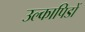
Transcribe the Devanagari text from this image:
उल्कापिडों